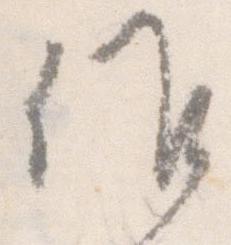
候